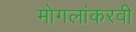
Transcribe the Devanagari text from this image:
मोगलांकरवी